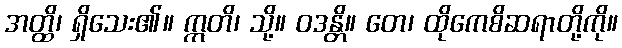
အတ္ထိ၊ ရှိသေး၏။ ဣတိ၊ သို့။ ဝဒန္တိ။ တေ၊ ထိုကေစိဆရာတို့ကို။